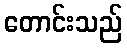
တောင်းသည်